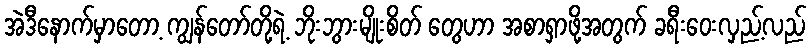
အဲဒီနောက်မှာတော့ ကျွန်တော်တို့ရဲ့ ဘိုးဘွားမျိုးစိတ် တွေဟာ အစာရှာဖို့အတွက် ခရီးဝေးလှည့်လည်